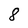
Character: 8